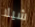
شيلا